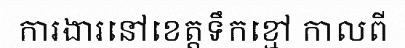
ការងារនៅខេត្តទឹកខ្មៅ កាលពី